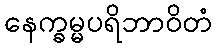
နေက္ခမ္မပရိဘာဝိတံ